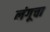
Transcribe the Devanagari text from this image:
लंगूचा